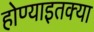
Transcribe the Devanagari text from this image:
होण्याइतक्या